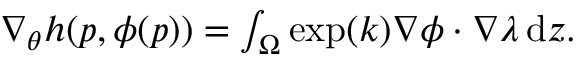
\begin{array} { r } { \nabla _ { \theta } h ( p , \phi ( p ) ) = \int _ { \Omega } \exp ( k ) \nabla \phi \cdot \nabla \lambda \, \mathrm { d } z . } \end{array}